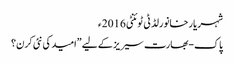
شہریار خانورلڈ ٹی ٹوئنٹی 2016ء
پاک-بھارت سیریز کے لیے ”امید کی نئی کرن؟